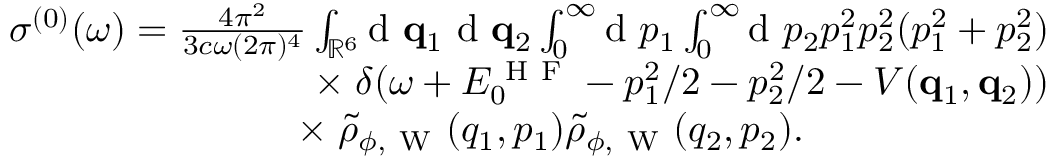
\begin{array} { r } { \sigma ^ { ( 0 ) } ( \omega ) = \frac { 4 \pi ^ { 2 } } { 3 c \omega ( 2 \pi ) ^ { 4 } } \int _ { \mathbb { R } ^ { 6 } } \! \! \ensuremath { \mathrm { ~ d ~ } } \ensuremath { \mathbf { q } } _ { 1 } \ensuremath { \mathrm { ~ d ~ } } \ensuremath { \mathbf { q } } _ { 2 } \int _ { 0 } ^ { \infty } \! \! \ensuremath { \mathrm { ~ d ~ } } p _ { 1 } \int _ { 0 } ^ { \infty } \! \! \ensuremath { \mathrm { ~ d ~ } } p _ { 2 } p _ { 1 } ^ { 2 } p _ { 2 } ^ { 2 } ( p _ { 1 } ^ { 2 } + p _ { 2 } ^ { 2 } ) } \\ { \times \; \delta ( \omega + E _ { 0 } ^ { \mathrm { ~ H ~ F ~ } } - p _ { 1 } ^ { 2 } / 2 - p _ { 2 } ^ { 2 } / 2 - V ( \ensuremath { \mathbf { q } } _ { 1 } , \ensuremath { \mathbf { q } } _ { 2 } ) ) } \\ { \times \; \tilde { \rho } _ { \phi , \mathrm { ~ W ~ } } ( q _ { 1 } , p _ { 1 } ) \tilde { \rho } _ { \phi , \mathrm { ~ W ~ } } ( q _ { 2 } , p _ { 2 } ) . \phantom { x x x x x x x x x x x } } \end{array}